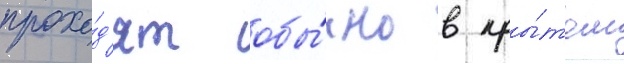
прохо́д'ят обы́чно в кры́том